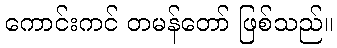
ကောင်းကင် တမန်တော် ဖြစ်သည်။